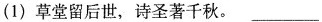
(1)草堂留后世，诗圣著千秋。___